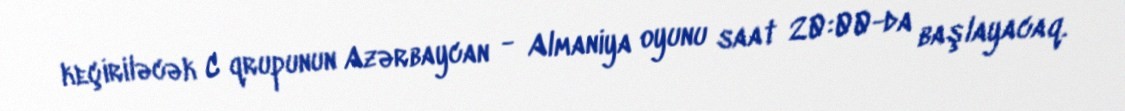
keçiriləcək C qrupunun Azərbaycan - Almaniya oyunu saat 20:00-da başlayacaq.